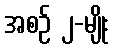
အစဉ် ၂-မျိုး